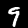
Digit: 9